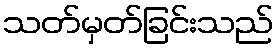
သတ်မှတ်ခြင်းသည်